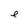
Character: e